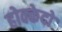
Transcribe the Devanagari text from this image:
होक्केदो